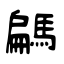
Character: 騗